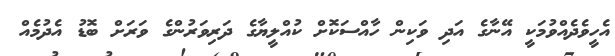
އެހީވެދެއްވުމަކީ އޭނާގެ އަދި ވަކިން ހާއްސަކޮށް ކުއްލީޔާގެ ދަރިވަރުންގެ ވަރަށް ބޮޑު އެދުމެއް